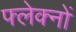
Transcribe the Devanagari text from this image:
फ्लेक्नों